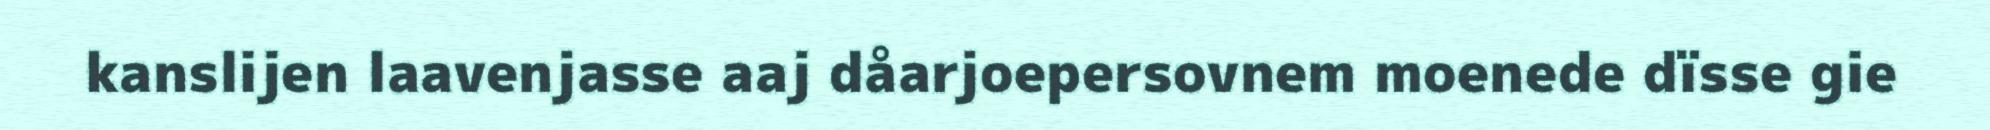
kanslijen laavenjasse aaj dåarjoepersovnem moenede dïsse gie